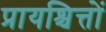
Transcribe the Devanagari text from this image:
प्रायश्चित्तों